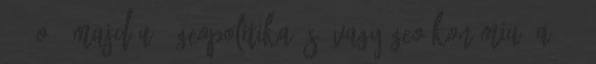
89. o.; majd Uő: Geopolitika és vagy geoökonómia. A 21.